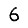
Digit: 6